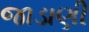
જાડાણી